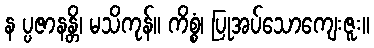
န ပ္ပဇာနန္တိ၊ မသိကုန်။ ကိစ္စံ၊ ပြုအပ်သောကျေးဇူး။